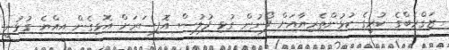
ޒަގްރެބްގެ ކުރީގެ ކުޅުންތެރިޔާއަށް ފޯނުން ގުޅި ފުލުސް އޮފިސަރަށް އޮޅިގެން އިއްޔެ ގުޅުނީ